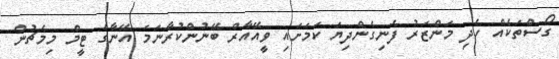
ގޯސްތަކެއް ހެދި މަންޒަރު ފެނިގެންދިޔަ ކަމަށައި ވީއޭއާރް ބޭނުންކުރާނަމަ އޭނާގެ ޓީމް މިމެޗުން